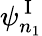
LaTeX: \psi_{n_{1}}^{\mathrm{~I~}}